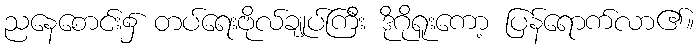
ညနေစောင်း၌ တပ်ရေးဗိုလ်ချုပ်ကြီး ဒိုဂိုရူးကော့ ပြန်ရောက်လာ၏။